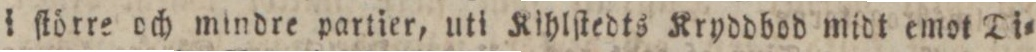
i ſtörre och mindre partier, uti Kihlſtedts Kryddbod midt emot Di=